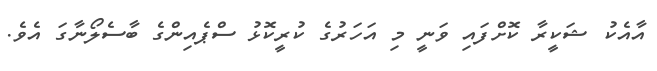
އާއެކު ޝަކީރާ ކޮށްފައި ވަނީ މި އަހަރުގެ ކުރީކޮޅު ސްޕެއިންގެ ބާސެލޯނާގަ އެވެ.